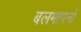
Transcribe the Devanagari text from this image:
बलमापनों